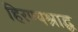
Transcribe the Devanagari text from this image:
हिरण्यश्राद्ध